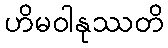
ဟိမဝါနုဿတိ